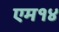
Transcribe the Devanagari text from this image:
एम१४